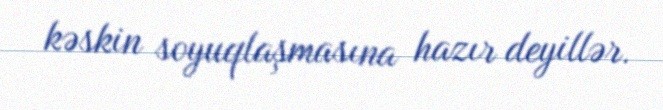
kəskin soyuqlaşmasına hazır deyillər.